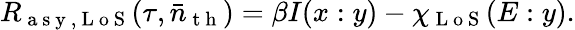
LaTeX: R_{\mathrm{~a~s~y~,~L~o~S~}}(\tau,\bar{n}_{\mathrm{~t~h~}})=\beta I(x:y)-\chi_{\mathrm{~L~o~S~}}(E:y).